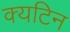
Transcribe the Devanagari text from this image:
क्यटिन